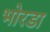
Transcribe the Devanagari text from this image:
भोरडा